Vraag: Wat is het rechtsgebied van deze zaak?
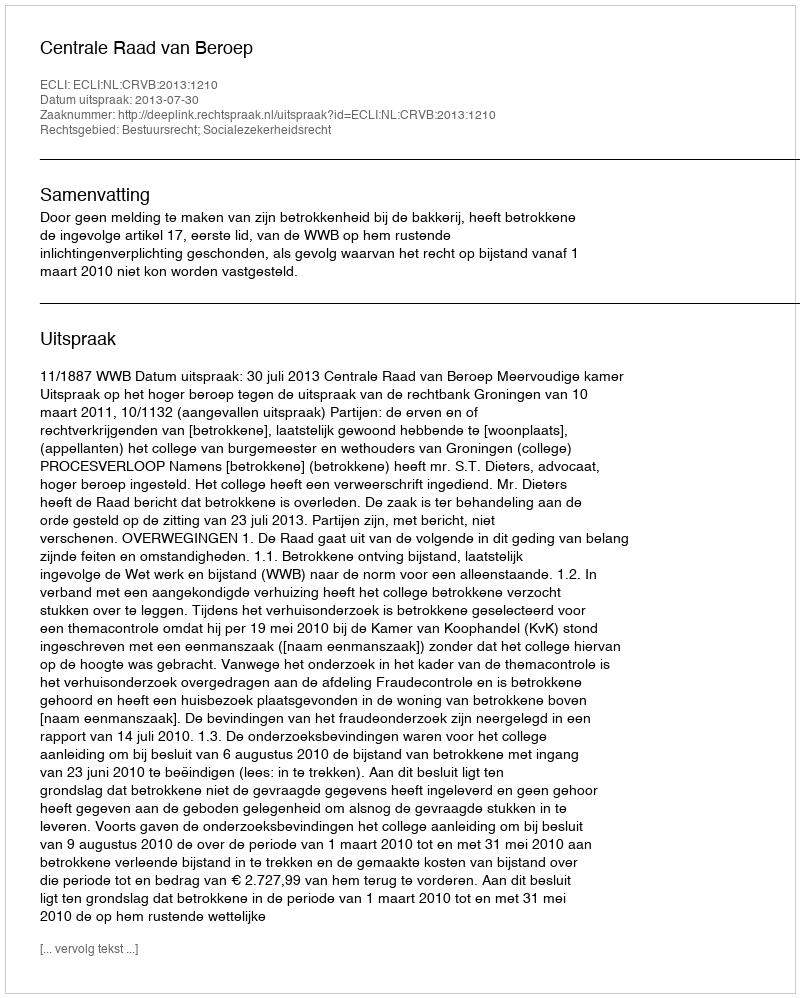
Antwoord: Bestuursrecht; Socialezekerheidsrecht